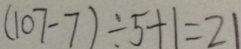
( 1 0 7 - 7 ) \div 5 + 1 = 2 1